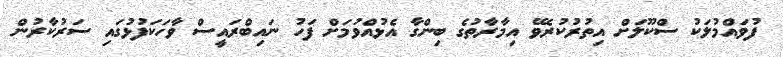
ފުވައްމުލަކު ސްކޫލަށް އިތުރުކުރެވޭ އިމާރާތުގެ ބިންގާ އެޅުއްވުމަަށް ފަހު ނައިބްރައީސް ވާހަކަފުޅުގައި ސަރުކާރުން